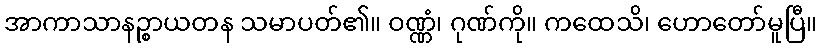
အာကာသာနဉ္စာယတန သမာပတ်၏။ ဝဏ္ဏံ၊ ဂုဏ်ကို။ ကထေသိ၊ ဟောတော်မူပြီ။